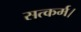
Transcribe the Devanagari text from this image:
सत्कर्म।